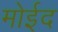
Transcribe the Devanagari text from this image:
मोईद